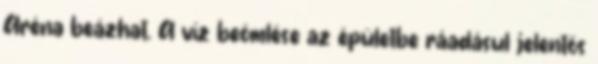
Aréna beázhat. A víz beömlése az épületbe ráadásul jelentős